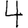
Digit: 4